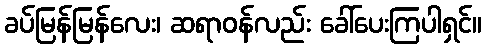
ခပ်မြန်မြန်လေး၊ ဆရာဝန်လည်း ခေါ်ပေးကြပါရှင်။